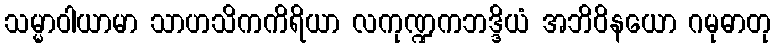
သမ္မာဝါယာမာ သာဟသိကကိရိယာ လကုဏ္ဍကဘဒ္ဒိယံ အဘိဝိနယော ဂမုဓာတု